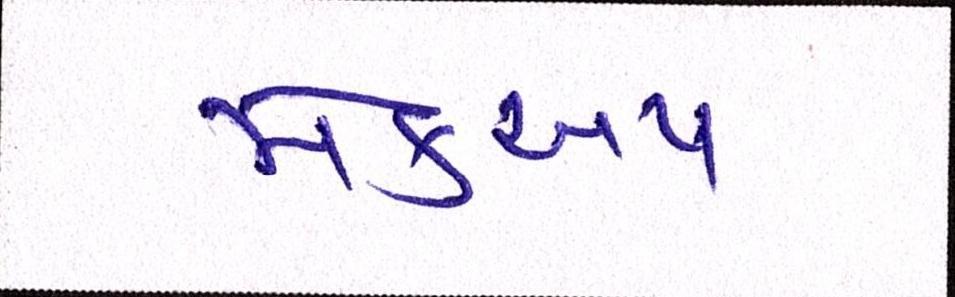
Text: મેકઅપ